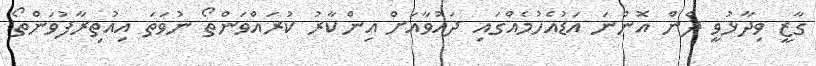
ގާޒީ ވިދާޅުވީ ދެން އޮންނަ އަޑުއެހުމެއްގައި ދައުވާއަށް އިންކާރު ކުރައްވަންތޯ ނުވަތަ އިއުތިރާފުވަންތޯ